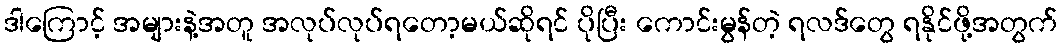
ဒါကြောင့် အများနဲ့အတူ အလုပ်လုပ်ရတော့မယ်ဆိုရင် ပိုပြီး ကောင်းမွန်တဲ့ ရလဒ်တွေ ရနိုင်ဖို့အတွက်